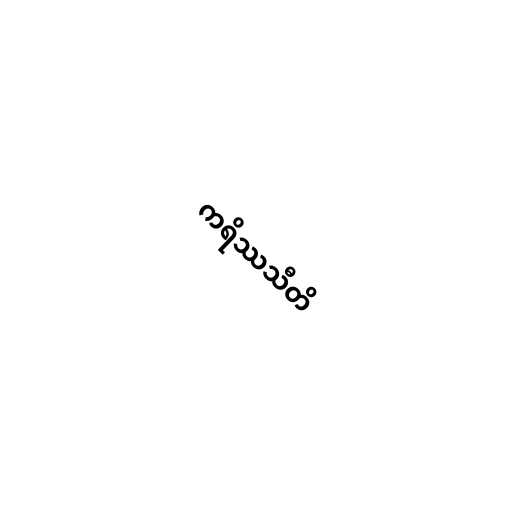
ကရိဿသီတိ